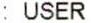
: USER